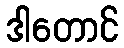
ဒါတောင်